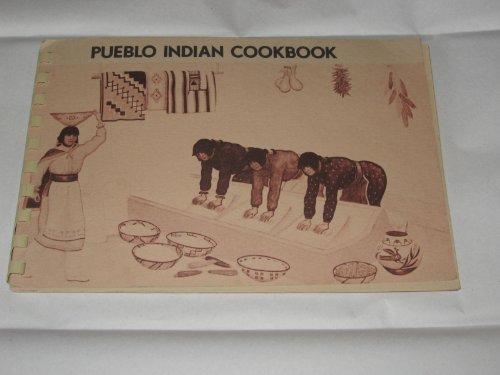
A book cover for Pueblo Indian Cookbook: Recipes from the Pueblos o; Phyllis (compiled/ed) Hughes; Cookbooks, Food & Wine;